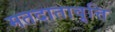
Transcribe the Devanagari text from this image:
मतदातावृत्ति